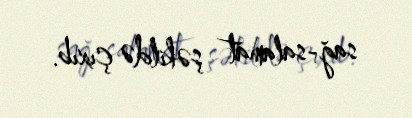
sağ-salamat şəkildə çıxıb.